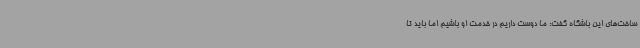
ساخت‌های این باشگاه گفت: ما دوست داریم در خدمت او باشیم اما باید تا